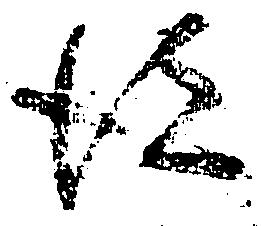
彼